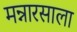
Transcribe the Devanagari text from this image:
मन्नारसाला